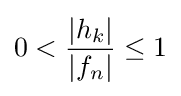
0<{\frac {|h_{k}|}{|f_{n}|}}\leq 1